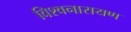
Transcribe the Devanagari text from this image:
विश्वनारायण